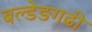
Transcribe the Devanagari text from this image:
बल्डेङगढी